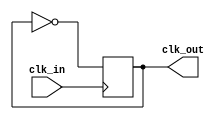
`timescale 1ns / 1ps
//////////////////////////////////////////////////////////////////////////////////
// Company: 
// Engineer: 
// 
// Design Name: 
// Module Name: clock_divider
// Project Name: 
// Target Devices: 
// Tool Versions: 
// Description: 
// 
// Dependencies: 
// 
// Revision:
// Revision 0.01 - File Created
// Additional Comments:
// 
//////////////////////////////////////////////////////////////////////////////////


module clock_divider(input clk_in, output reg clk_out = 0);
	always @(posedge clk_in) begin
		clk_out <= ~clk_out;
	end
endmodule